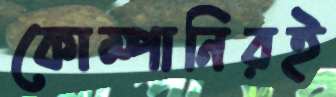
কোম্পানিরই